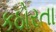
કઠોરતા